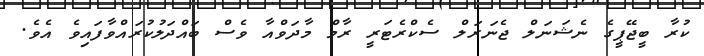
ކުރާ ބީޖޭޕީގެ ނެޝަނަލް ޖެނަރަލް ސެކްރެޓަރީ ރާމް މާދަވްއާ ވެސް ބައްދަލުކުރައްވާފައިވެ އެވެ.